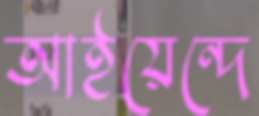
আইয়েন্দে